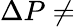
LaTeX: \Delta P\neq